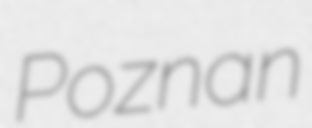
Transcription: Poznan